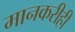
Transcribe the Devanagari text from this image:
मानकरीही